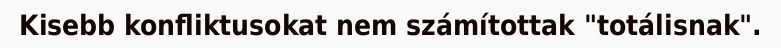
Kisebb konfliktusokat nem számítottak "totálisnak".